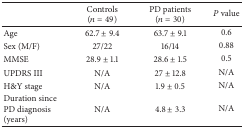
<table><thead><tr><td><b> </b></td><td><b>Controls (<i>n</i> = 49)</b></td><td><b>PD patients (<i>n</i> = 30)</b></td><td><b><i>P</i> value</b></td></tr></thead><tbody><tr><td>Age</td><td>62.7 ± 9.4</td><td>63.7 ± 9.1</td><td>0.6</td></tr><tr><td>Sex (M/F)</td><td>27/22</td><td>16/14</td><td>0.88</td></tr><tr><td>MMSE</td><td>28.9 ± 1.1</td><td>28.6 ± 1.5</td><td>0.5</td></tr><tr><td>UPDRS III</td><td>N/A</td><td>27 ± 12.8</td><td>N/A</td></tr><tr><td>H&amp;Y stage</td><td>N/A</td><td>1.9 ± 0.5</td><td>N/A</td></tr><tr><td>Duration since PD diagnosis (years)</td><td>N/A</td><td>4.8 ± 3.3</td><td>N/A</td></tr></tbody></table>